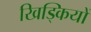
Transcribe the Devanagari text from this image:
खिड्कियों